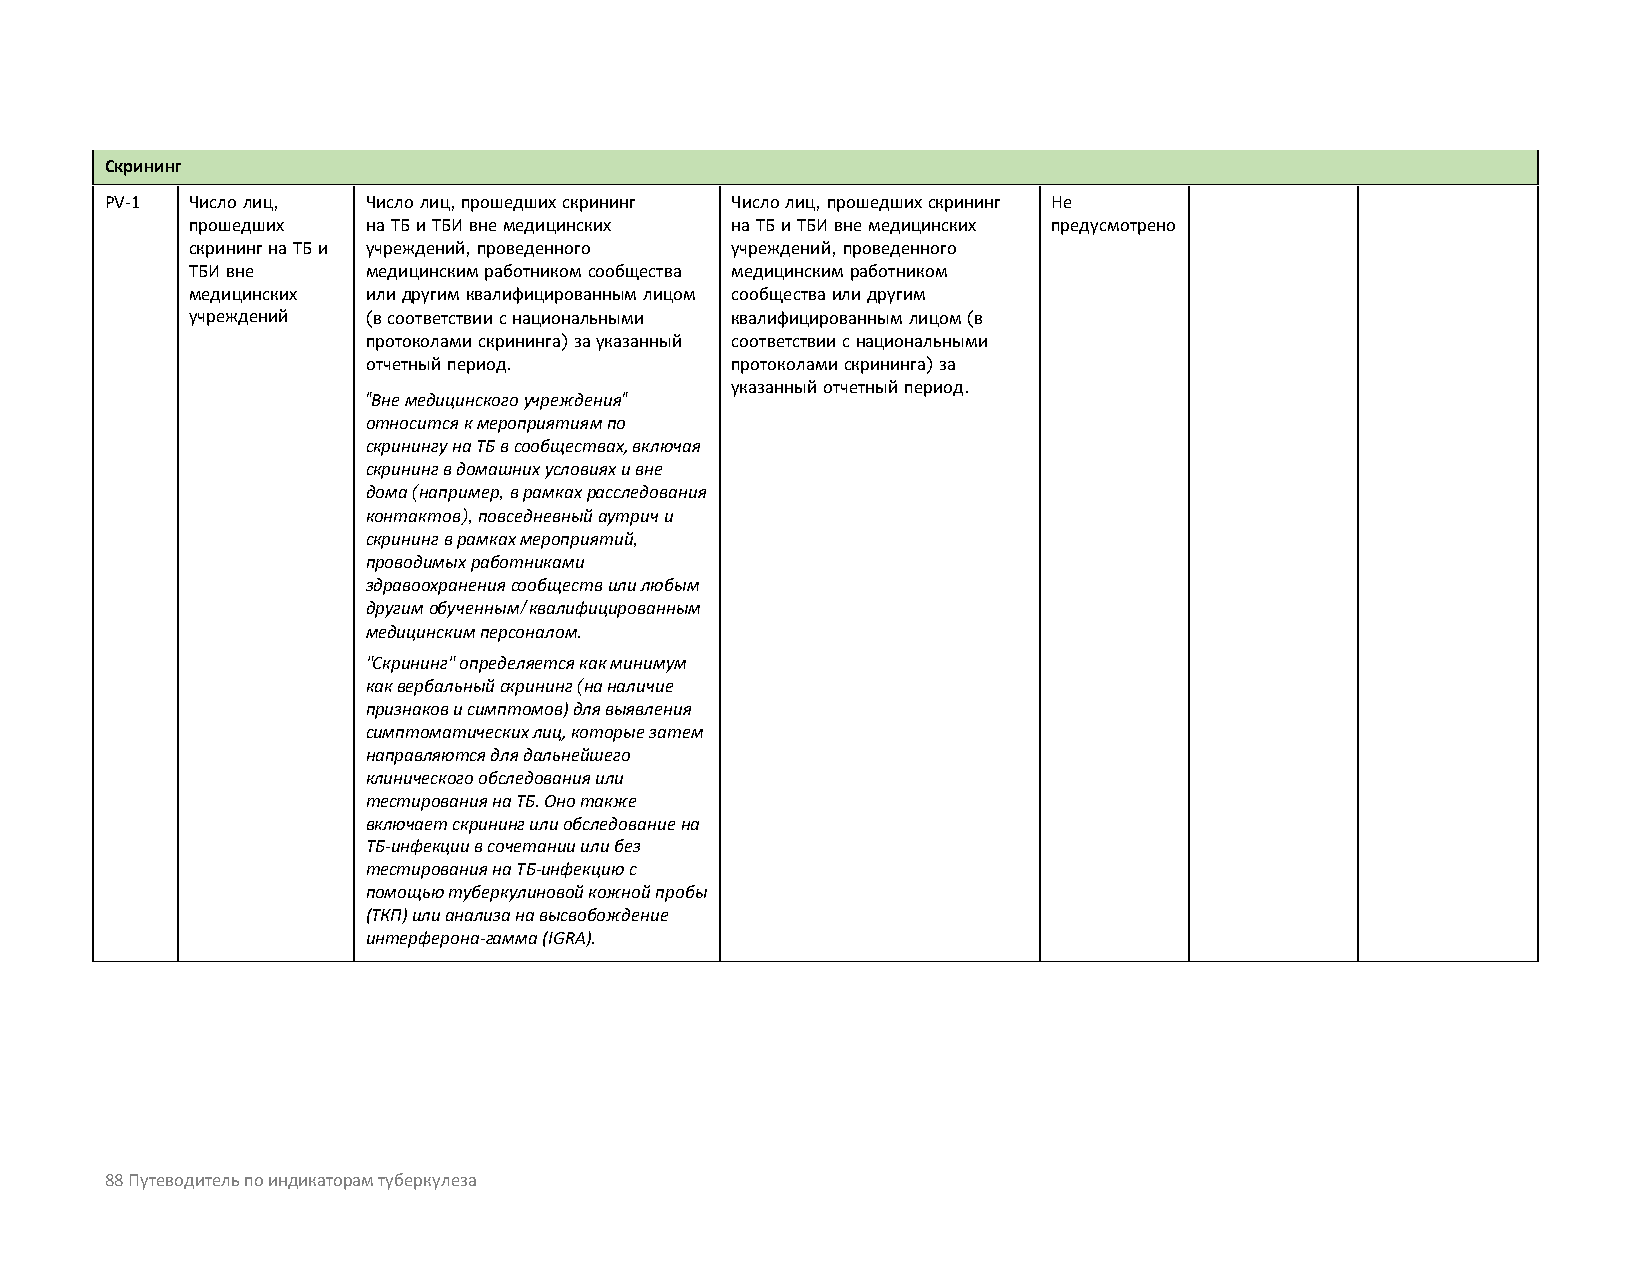
Скрининг
 PV-1 Число лиц,  Число лиц, прошедших скрининг Число лиц, прошедших скрининг Не
 прошедших   на ТБ и ТБИ вне медицинских на ТБ и ТБИ вне медицинских предусмотрено
 скрининг на ТБ и учреждений, проведенного учреждений, проведенного
 ТБИ вне     медицинским работником сообщества медицинским работником
 медицинских или другим квалифицированным лицом сообщества или другим
 учреждений  (в соответствии с национальными квалифицированным лицом (в
 протоколами скрининга) за указанный соответствии с национальными
 отчетный период.        протоколами скрининга) за
 указанный отчетный период.
 "Вне медицинского учреждения"
 относится к мероприятиям по
 скринингу на ТБ в сообществах, включая
 скрининг в домашних условиях и вне
 дома (например, в рамках расследования
 контактов), повседневный аутрич и
 скрининг в рамках мероприятий,
 проводимых работниками
 здравоохранения сообществ или любым
 другим обученным/квалифицированным
 медицинским персоналом.
 "Скрининг" определяется как минимум
 как вербальный скрининг (на наличие
 признаков и симптомов) для выявления
 симптоматических лиц, которые затем
 направляются для дальнейшего
 клинического обследования или
 тестирования на ТБ. Оно также
 включает скрининг или обследование на
 ТБ-инфекции в сочетании или без
 тестирования на ТБ-инфекцию с
 помощью туберкулиновой кожной пробы
 (ТКП) или анализа на высвобождение
 интерферона-гамма (IGRA).
 88 Путеводитель по индикаторам туберкулеза